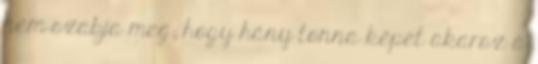
nem szabja meg, hogy hány tonna képet akarsz a